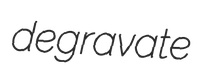
degravate